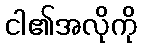
ငါ၏အလိုကို